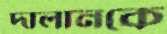
দালানকে